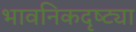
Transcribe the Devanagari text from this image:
भावनिकदृष्‍ट्या